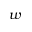
w